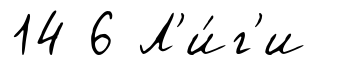
14 6 Л'и́г'и